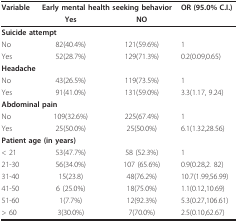
| Variable | <COLSPAN=2> Early mental health seeking behavior | OR (95.0% C.I.) |
 |  | Yes | NO |  |
 | --- | --- | --- | --- |
 | <COLSPAN=4> Suicide attempt |
 | No | 82(40.4%) | 121(59.6%) | 1 |
 | Yes | 52(28.7%) | 129(71.3%) | 0.2(0.09,0.65) |
 | <COLSPAN=4> Headache |
 | No | 43(26.5%) | 119(73.5%) | 1 |
 | Yes | 91(41.0%) | 131(59.0%) | 3.3(1.17, 9.24) |
 | <COLSPAN=4> Abdominal pain |
 | No | 109(32.6%) | 225(67.4%) | 1 |
 | Yes | 25(50.0%) | 25(50.0%) | 6.1(1.32,28.56) |
 | <COLSPAN=4> Patient age (in years) |
 | < 21 | 53(47.7%) | 58 (52.3%) | 1 |
 | 21-30 | 56(34.0%) | 107 (65.6%) | 0.9(0.28,2. 82) |
 | 31-40 | 15(23.8) | 48(76.2%) | 10.7(1.99,56.99) |
 | 41-50 | 6 (25.0%) | 18(75.0%) | 1.1(0.12,10.69) |
 | 51-60 | 1(7.7%) | 12(92.3%) | 5.3(0.27,106.61) |
 | > 60 | 3(30.0%) | 7(70.0%) | 2.5(0.10,62.67) |